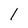
Character: l